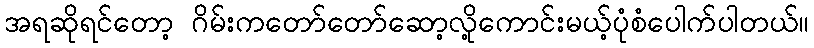
အရဆိုရင်တော့ ဂိမ်းကတော်တော်ဆော့လို့ကောင်းမယ့်ပုံစံပေါက်ပါတယ်။